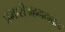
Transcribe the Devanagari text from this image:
प्रभारीअहमदाबाद